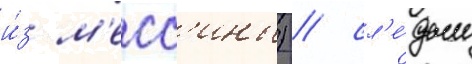
и́з м'есс'ины) / сл'е́дом